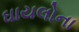
ઘાયલોના